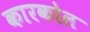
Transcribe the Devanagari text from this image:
कारकोल